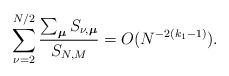
LaTeX: \begin{align*}\sum_{\nu=2}^{N/2}\frac{\sum_{\boldsymbol\mu}S_{\nu,\boldsymbol\mu}}{S_{N,M}}=O(N^{-2(k_1-1)}).\end{align*}